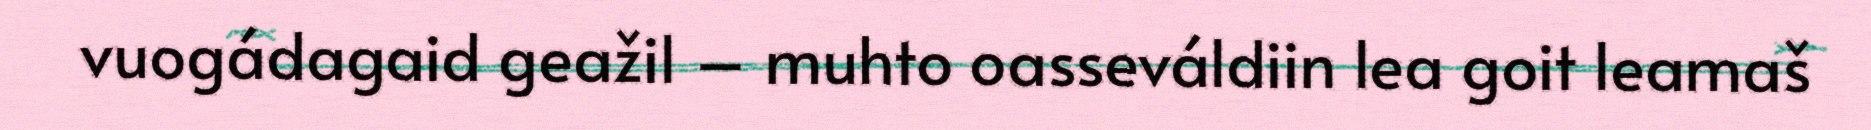
vuogádagaid geažil – muhto oasseváldiin lea goit leamaš